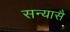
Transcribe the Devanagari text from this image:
सन्यासै